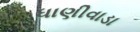
ધાણીવાડા